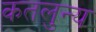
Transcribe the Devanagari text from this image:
कतलुन्य